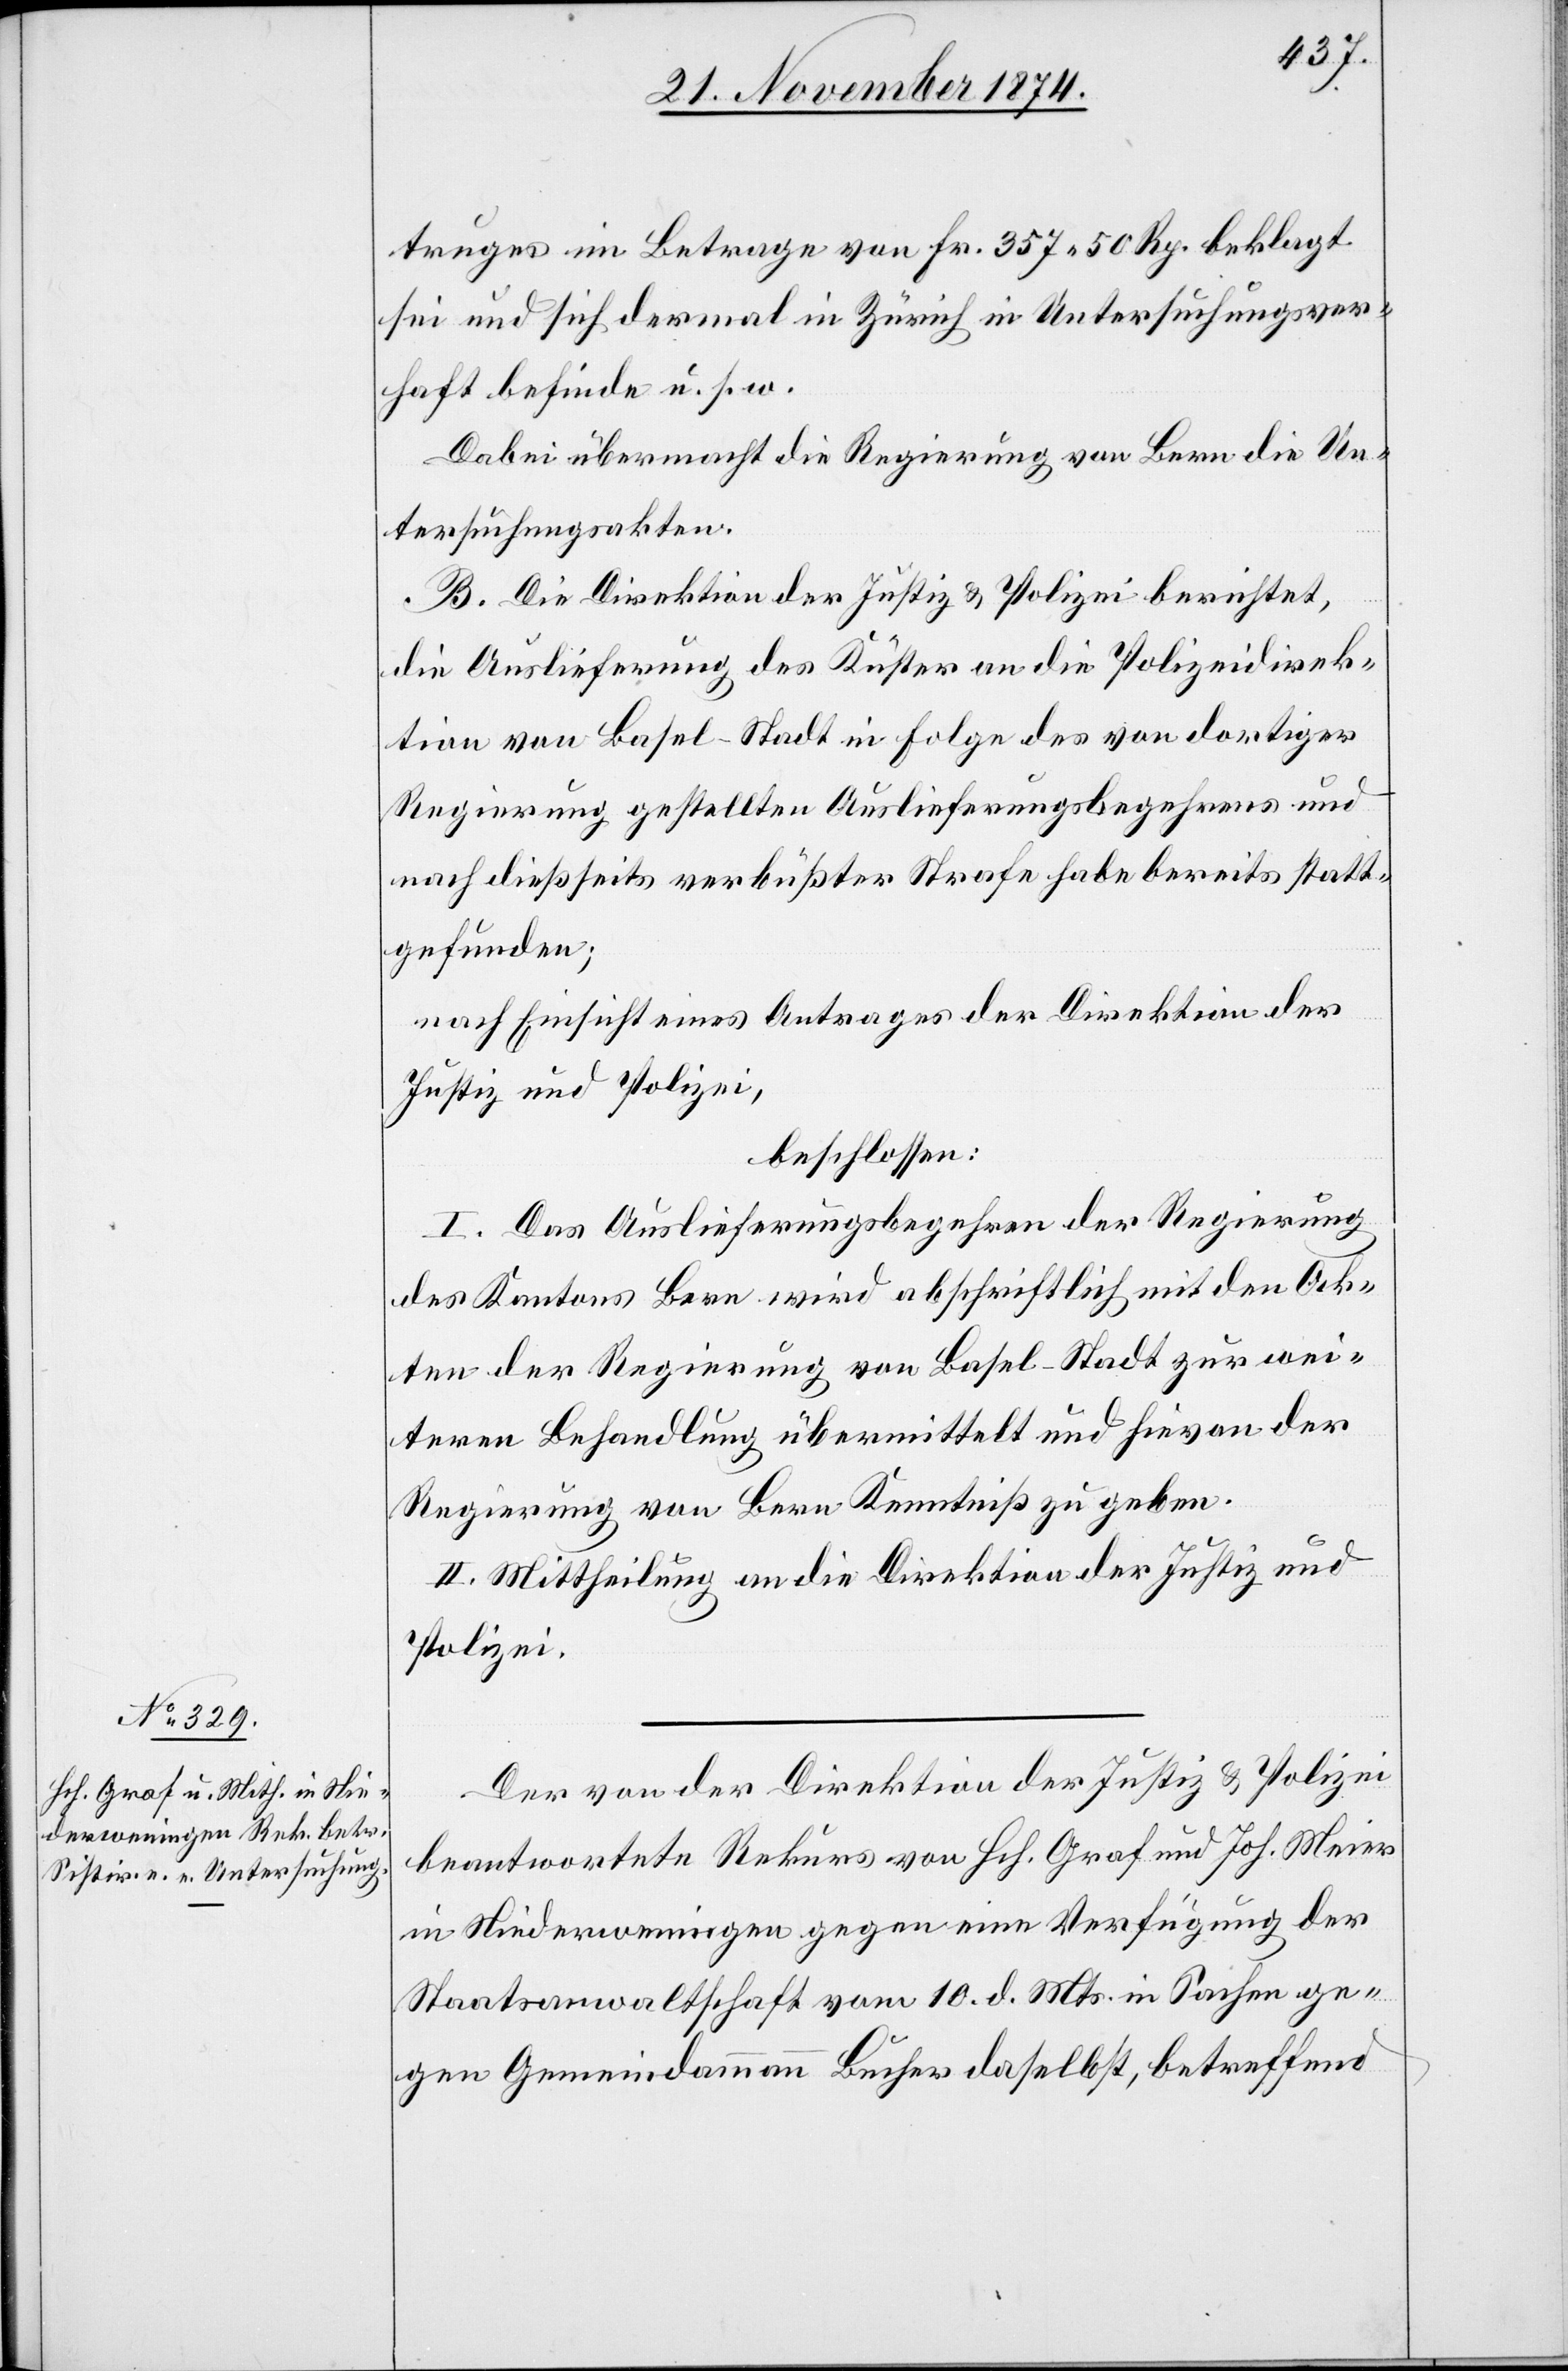
truges im Betrage von Fr. 357. 50 Rp. beklagt
sei und sich dermal in Zürich in Untersuchungsver¬
haft befinde u. s. w.
Dabei übermacht die Regierung von Bern die Un¬
tersuchungsakten.
B. Die Direktion der Justiz & Polizei berichtet,
die Auslieferung des Küster an die Polizeidirek¬
tion von Basel-Stadt in Folge des von dortiger
Regierung gestellten Auslieferungsbegehren und
nach dießseits verbüßter Strafe habe bereits statt¬
gefunden;
nach Einsicht eines Antrages der Direktion der
Justiz und Polizei,
beschlossen:
I. Das Auslieferungsbegehren der Regierung
des Kantons Bern wird abschriftlich mit den Ak¬
ten der Regierung von Basel-Stadt zur wei¬
teren Behandlung übermittelt und hievon der
Regierung von Bern Kenntniß gegeben.
II. Mittheilung an die Direktion der Justiz und
Polizei.
Der von der Direktion der Justiz & Polizei
beantwortete Rekurs von Hch. Graf und Joh. Meier
in Niederweningen gegen eine Verfügung der
Staatsanwaltschaft vom 10. d. Mts. in Sachen ge¬
gen Gemeindammann Bucher daselbst, betreffend